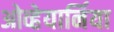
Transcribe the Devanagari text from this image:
ओव्हेयार्निया